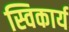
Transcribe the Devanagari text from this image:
स्विकार्य